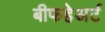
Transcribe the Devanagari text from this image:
बीफहेअर्ट